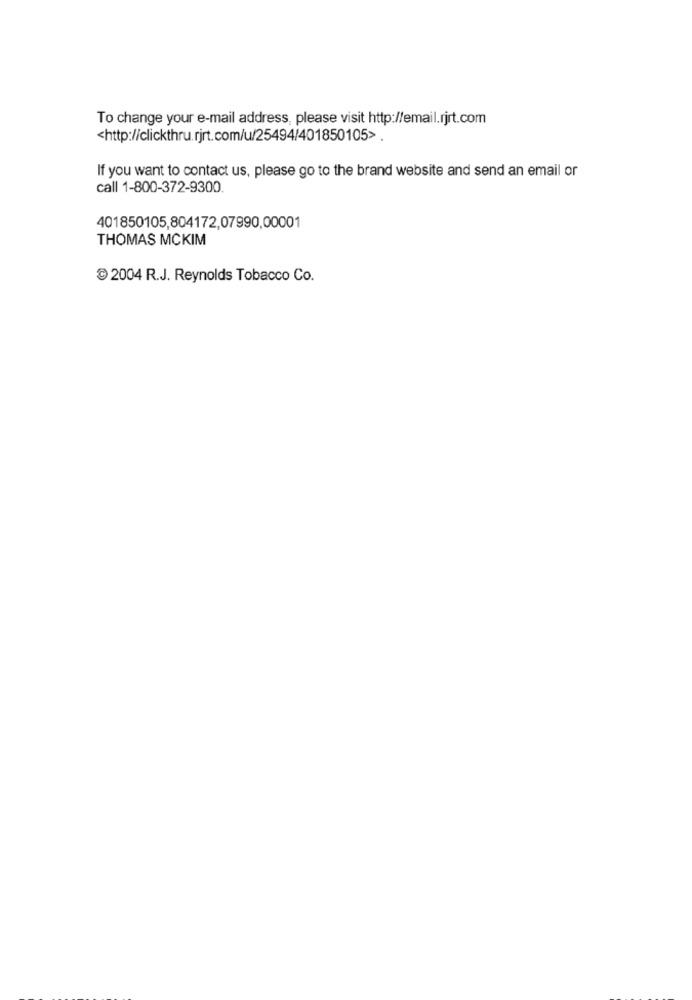
To change your e-mail address, please visit http://email.rjrt.com
<http://clickthru.rjrt.com/u/25494/401850105>.
If you want to contact us, please go to the brand website and send an email or
call 1-800-372-9300.
401850105,804172,07990,00001
THOMAS MCKIM
2004 R.J. Reynolds Tobacco Co.